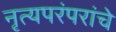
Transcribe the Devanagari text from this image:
नृत्यपरंपरांचे